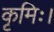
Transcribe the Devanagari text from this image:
कृमिः।